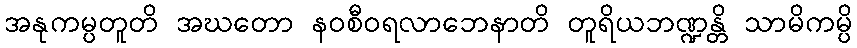
အနုကမ္ပတူတိ အဃတော နဝစီဝရလာဘေနာတိ တူရိယဘဏ္ဍန္တိ သာမိကမ္ပိ